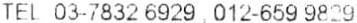
TEL 03-7832 6929 , 012-659 9829